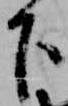
下